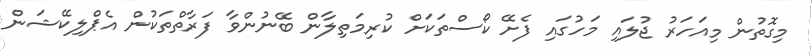
މިގޮތުން މިއަހަރު ޖުލައި މަހުގައި ފެށޭ ކޯސްތަކަށް ކުރިމަތިލާން ބޭނުންވާ ފަރާތްތަކުން އެޕްލިކޭޝަން